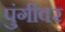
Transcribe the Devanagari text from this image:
पुंगीवर